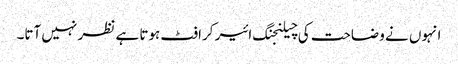
انہوں نے وضاحت کی چیلنجنگ ائیر کرافٹ ہوتا ہے نظر نہیں آتا۔